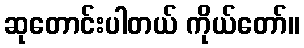
ဆုတောင်းပါတယ် ကိုယ်တော်။